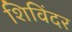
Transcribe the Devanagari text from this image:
शिविंदर